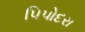
પિપોદરા